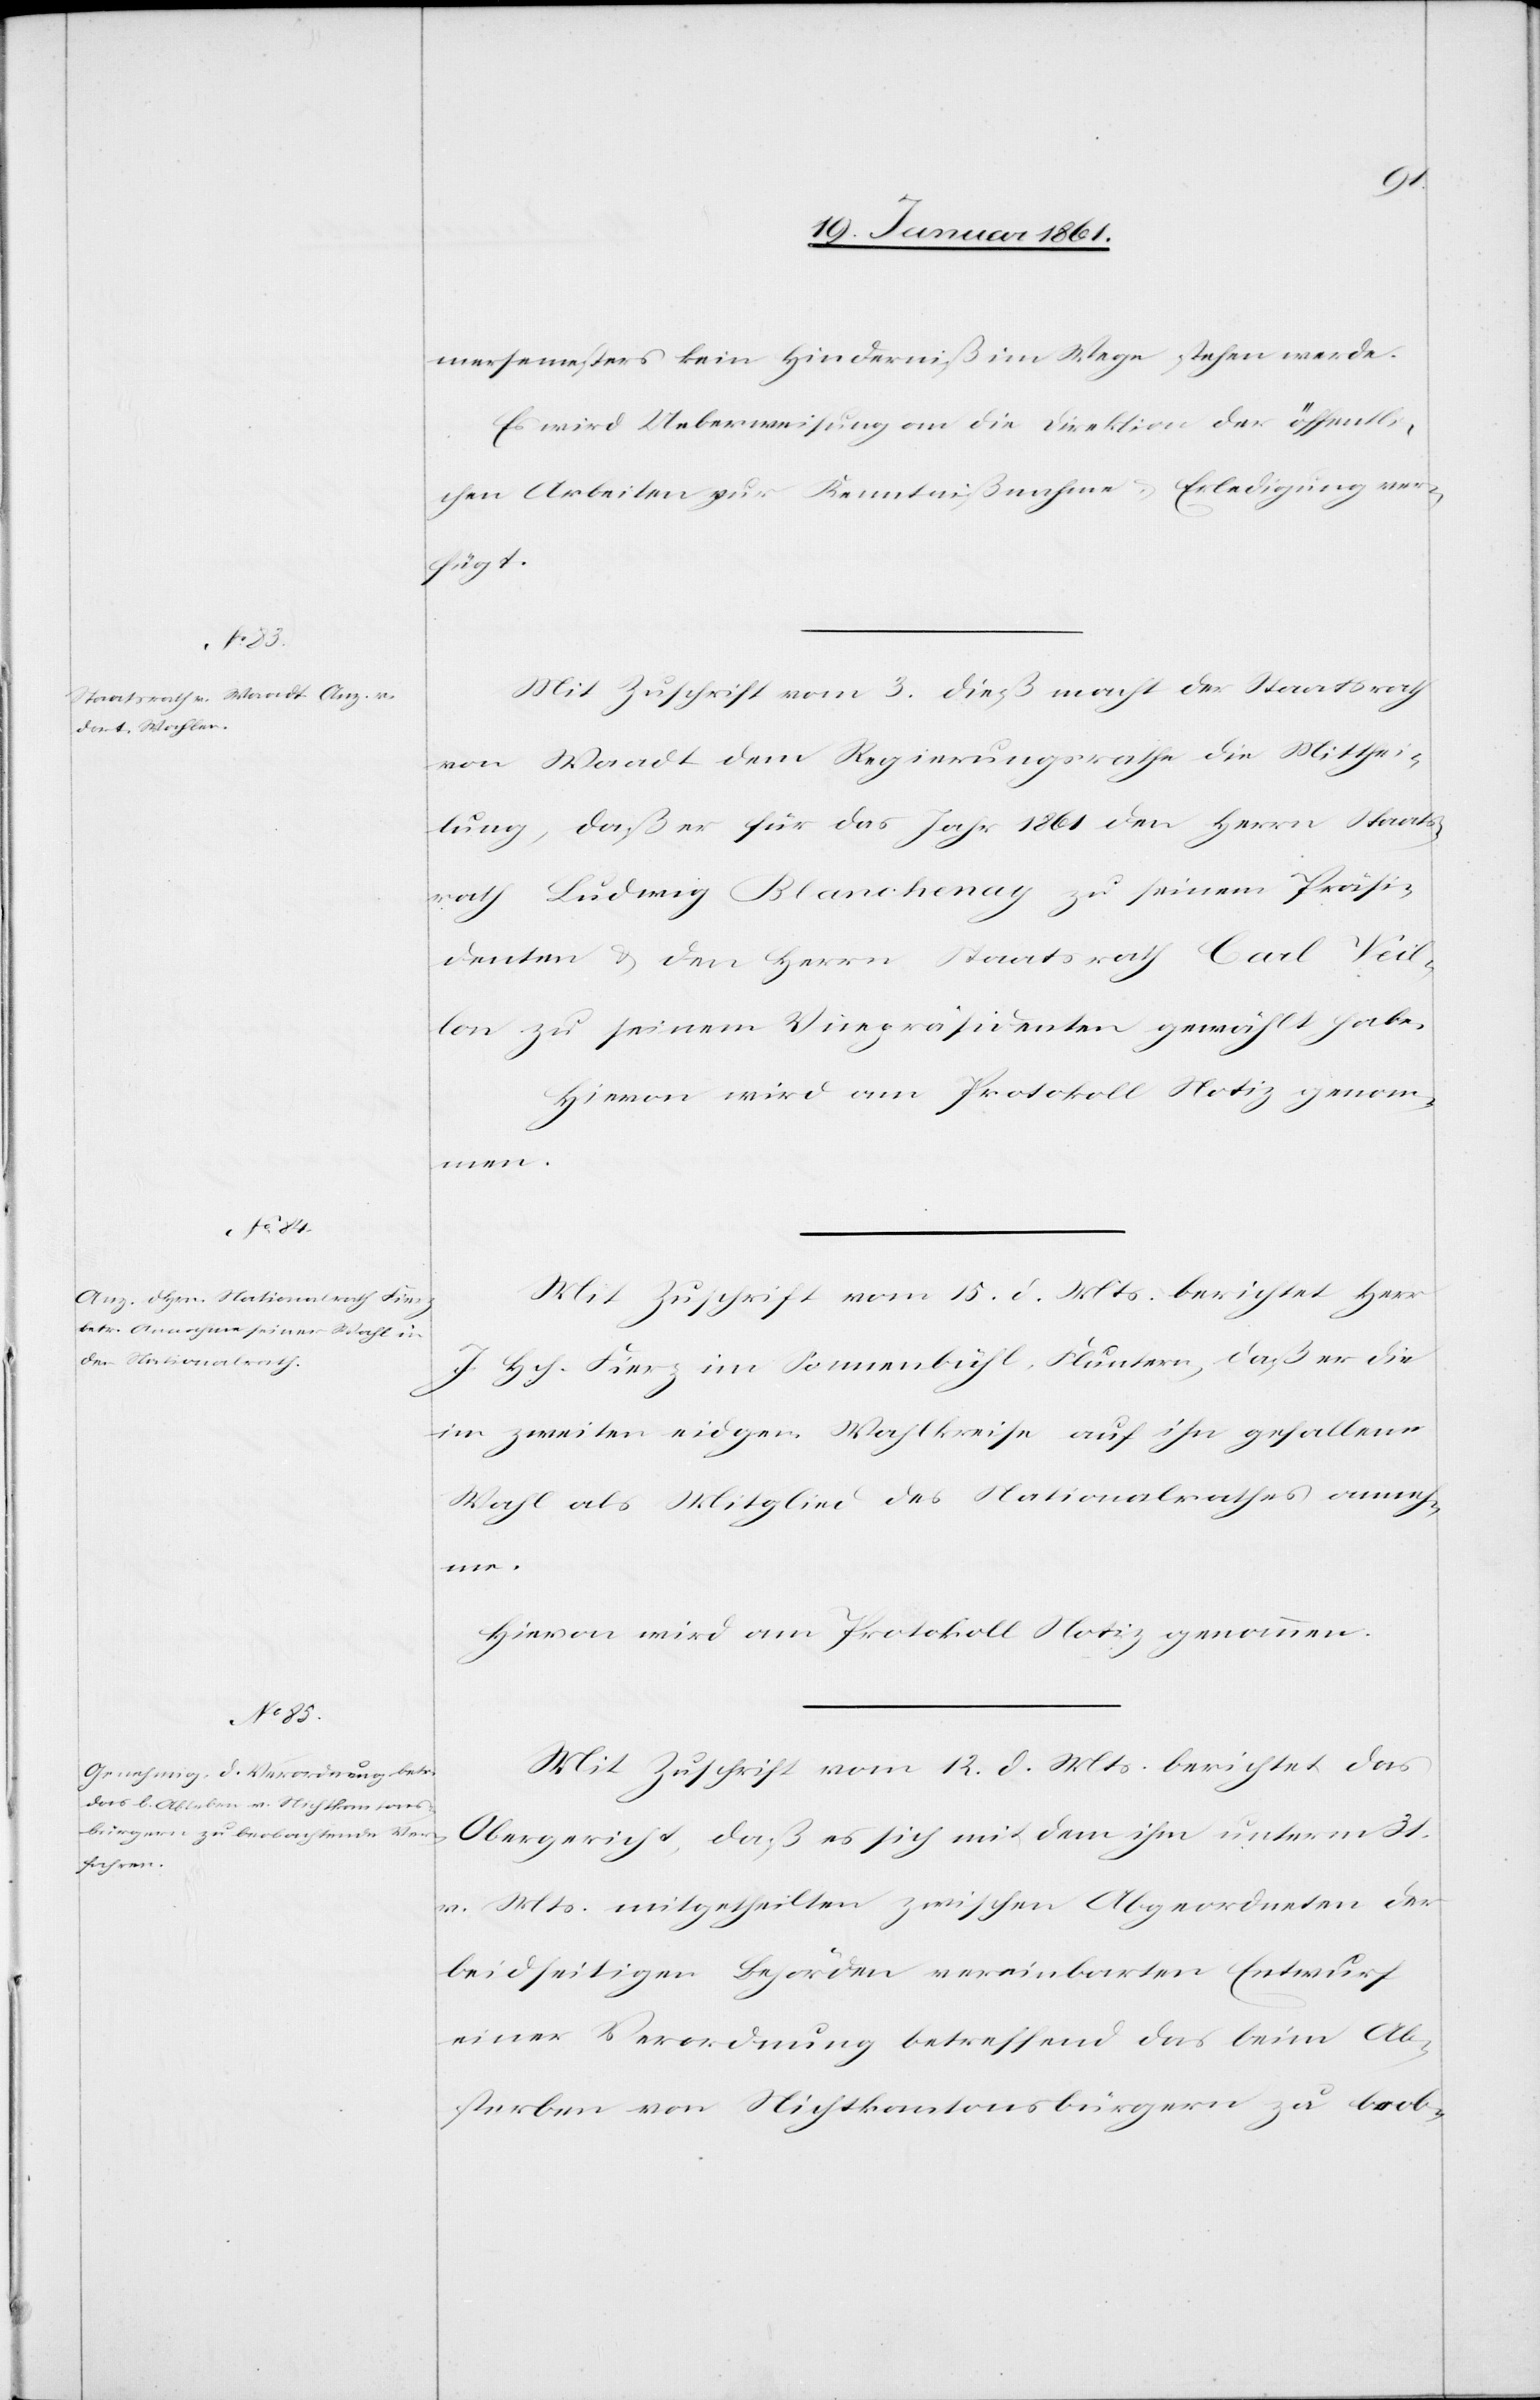
mersemesters kein Hinderniß im Wege stehen werde.
Es wird Ueberweisung an die Direktion der öffentli¬
Kenntnißnahme u. Erledigung ver¬
chen Arbeiten zur
fügt.
Mit Zuschrift vom 3. dieß macht der Staatsrath
von Waadt dem Regierungsrathe die Mitthei¬
lung, daß er für das Jahr 1861 den Herrn Staats¬
rath Ludwig Blancheney zu seinem Präsi¬
denten u. den Herrn Staatsrath Carl Veil¬
lon zu seinem Vicepräsidenten gewählt habe.
Hievon wird am Protokoll Notiz genom¬
men.
Mit Zuschrift vom 15. d. Mts. berichtet Herr
J. Hch. Fierz im Sonnenbühl, Fluntern, daß er die
im zweiten eidgen. Wahlkreise auf ihn gefallene
Wahl als Mitglied des Nationalrathes anneh¬
me.
Mit Zuschrift vom 12. d. Mts. berichtet das
Obergericht, daß es sich mit dem ihm unterm 31.
v. Mts. mitgetheilten zwischen Abgeordneten der
beidseitigen Behörden vereinbarten Entwurf
einer Verordnung betreffend das beim Ab¬
sterben von Nichtkantonsbürgern zu beob-